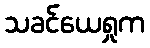
သခင်ယေရှုက